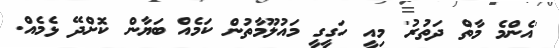
'އެންމެ މާތް ދަތުރު' މިއީ ހަގީގީ މައުލޫމާތުން ކަމެއް ބަޔާން ކޮށްދޭ ޅެމެއް.